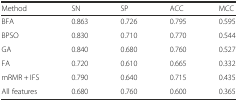
<table><thead><tr><td><b>Method</b></td><td><b>SN</b></td><td><b>SP</b></td><td><b>ACC</b></td><td><b>MCC</b></td></tr></thead><tbody><tr><td>BFA</td><td>0.863</td><td>0.726</td><td>0.795</td><td>0.595</td></tr><tr><td>BPSO</td><td>0.830</td><td>0.710</td><td>0.770</td><td>0.544</td></tr><tr><td>GA</td><td>0.840</td><td>0.680</td><td>0.760</td><td>0.527</td></tr><tr><td>FA</td><td>0.720</td><td>0.610</td><td>0.665</td><td>0.332</td></tr><tr><td>mRMR + IFS</td><td>0.790</td><td>0.640</td><td>0.715</td><td>0.435</td></tr><tr><td>All features</td><td>0.680</td><td>0.760</td><td>0.600</td><td>0.365</td></tr></tbody></table>